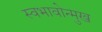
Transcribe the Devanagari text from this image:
स्वभावोन्मुख